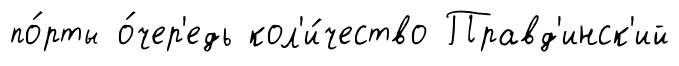
по́рты о́чер'едь кол'и́чество Правд'инск'ий